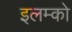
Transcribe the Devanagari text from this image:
इलम्को